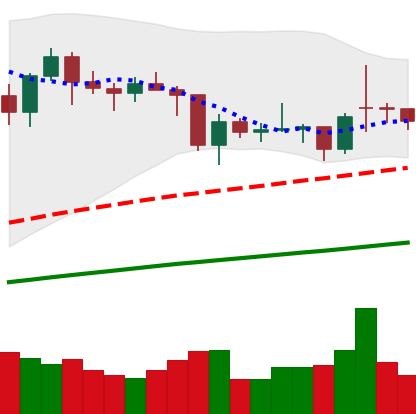
Ticker: BTC-USD
Chart end date: 2021-01-31
Forward return: 15.19%
Label: up_7plus